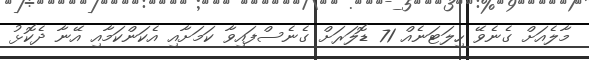
މާލެއަށް ގެނެވޭ ހިލަޓަނެއް 71 ޑޮލަރަށް ގެނެސްފައިވާ ކަމަށާއި އެކަންކަމާއި އޭނާ ދެކޮޅު